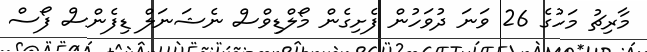
މާރިޗު މަހުގެ 26 ވަނަ ދުވަހުން ފެށިގެން މޯލްޑިވްސް ނެޝަނަލް ޑިފެންސް ފޯސް